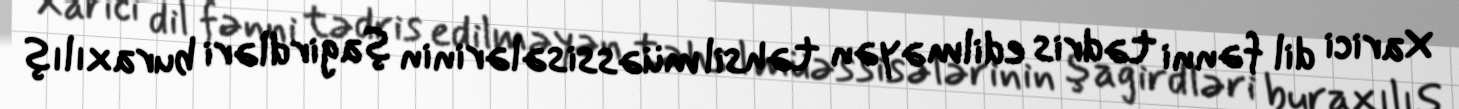
Xarici dil fənni tədris edilməyən təhsil müəssisələrinin şagirdləri buraxılış